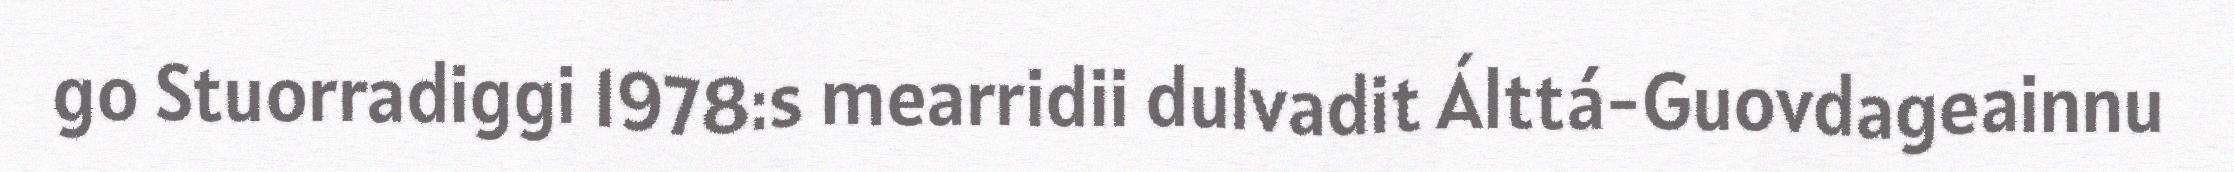
go Stuorradiggi 1978:s mearridii dulvadit Álttá-Guovdageainnu